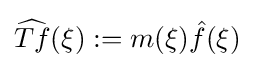
{\widehat {Tf}}(\xi ):=m(\xi ){\hat {f}}(\xi )